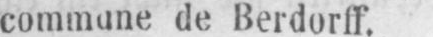
commune de Berdorff.